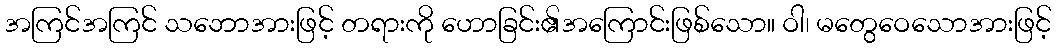
အကြင်အကြင် သဘောအားဖြင့် တရားကို ဟောခြင်း၏အကြောင်းဖြစ်သော။ ဝါ၊ မတွေဝေသောအားဖြင့်